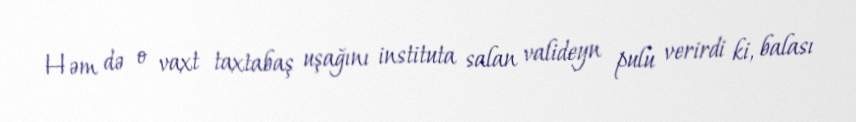
Həm də o vaxt taxtabaş uşağını instituta salan valideyn pulu verirdi ki, balası